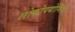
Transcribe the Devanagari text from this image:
लोकोपयोगिता